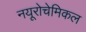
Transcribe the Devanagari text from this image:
नयूरोचेमिकल